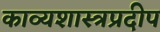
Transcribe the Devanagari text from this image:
काव्यशास्त्रप्रदीप